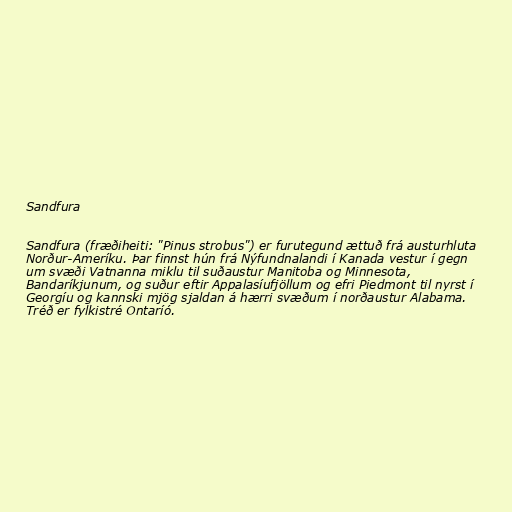
Sandfura

Sandfura (fræðiheiti: "Pinus strobus") er furutegund ættuð frá austurhluta
Norður-Ameríku. Þar finnst hún frá Nýfundnalandi í Kanada vestur í gegn
um svæði Vatnanna miklu til suðaustur Manitoba og Minnesota,
Bandaríkjunum, og suður eftir Appalasíufjöllum og efri Piedmont til nyrst í
Georgíu og kannski mjög sjaldan á hærri svæðum í norðaustur Alabama.
Tréð er fylkistré Ontaríó.